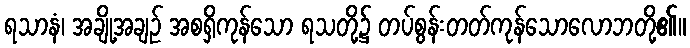
ရသာနံ၊ အချို့အချဉ် အစရှိကုန်သော ရသတို့၌ တပ်စွန်းတတ်ကုန်သောလောဘတို့၏။